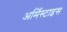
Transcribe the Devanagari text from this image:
अर्मिस्टाइस